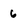
Character: 6